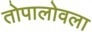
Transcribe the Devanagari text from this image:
तोपालोवला